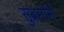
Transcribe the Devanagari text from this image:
सुब्रमनिं